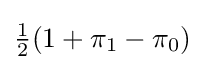
{\tfrac {1}{2}}(1+\pi _{1}-\pi _{0})